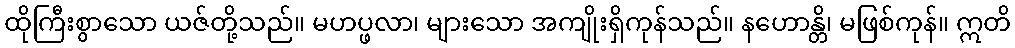
ထိုကြီးစွာသော ယဇ်တို့သည်။ မဟပ္ဖလာ၊ များသော အကျိုးရှိကုန်သည်။ နဟောန္တိ၊ မဖြစ်ကုန်။ ဣတိ